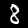
Digit: 8